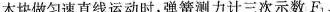
木块做匀速直线运动时，弹簧测力计三次示数F_{1}、